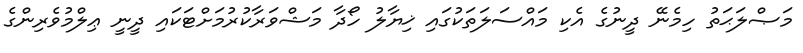
މަޞްލަޙަތު ހިމެނޭ ދީނުގެ އެކި މައްސަލަތަކުގައި ޚިޔާލު ހޯދާ މަޝްވަރާކުރުމަށްޓަކައި ދީނީ ޢިލްމުވެރިންގެ